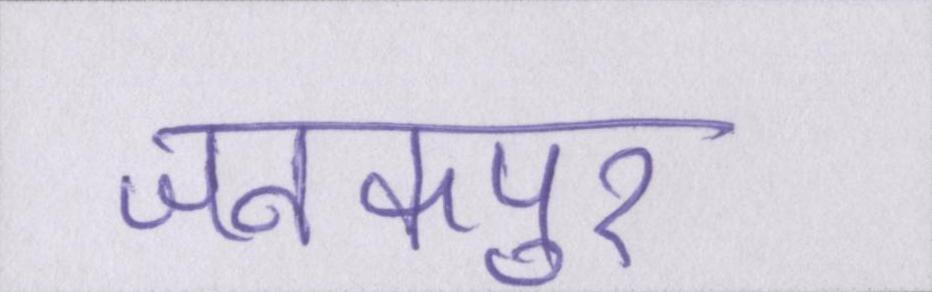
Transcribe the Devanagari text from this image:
जनकपुर